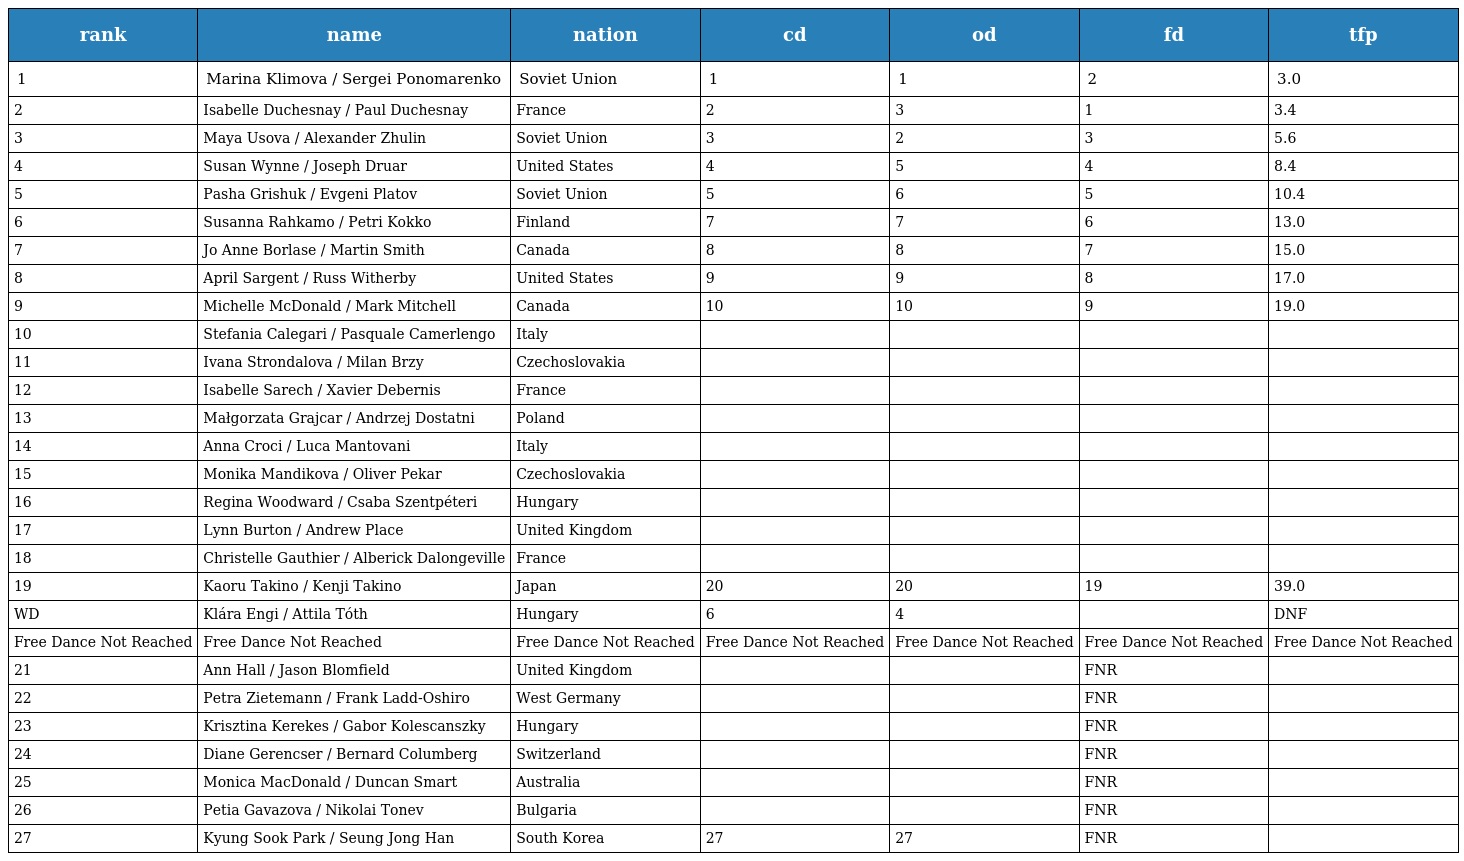
| rank | name | nation | cd | od | fd | tfp |
 | --- | --- | --- | --- | --- | --- | --- |
 | 1 | Marina Klimova / Sergei Ponomarenko | Soviet Union | 1 | 1 | 2 | 3.0 |
 | 2 | Isabelle Duchesnay / Paul Duchesnay | France | 2 | 3 | 1 | 3.4 |
 | 3 | Maya Usova / Alexander Zhulin | Soviet Union | 3 | 2 | 3 | 5.6 |
 | 4 | Susan Wynne / Joseph Druar | United States | 4 | 5 | 4 | 8.4 |
 | 5 | Pasha Grishuk / Evgeni Platov | Soviet Union | 5 | 6 | 5 | 10.4 |
 | 6 | Susanna Rahkamo / Petri Kokko | Finland | 7 | 7 | 6 | 13.0 |
 | 7 | Jo Anne Borlase / Martin Smith | Canada | 8 | 8 | 7 | 15.0 |
 | 8 | April Sargent / Russ Witherby | United States | 9 | 9 | 8 | 17.0 |
 | 9 | Michelle McDonald / Mark Mitchell | Canada | 10 | 10 | 9 | 19.0 |
 | 10 | Stefania Calegari / Pasquale Camerlengo | Italy |  |  |  |  |
 | 11 | Ivana Strondalova / Milan Brzy | Czechoslovakia |  |  |  |  |
 | 12 | Isabelle Sarech / Xavier Debernis | France |  |  |  |  |
 | 13 | Małgorzata Grajcar / Andrzej Dostatni | Poland |  |  |  |  |
 | 14 | Anna Croci / Luca Mantovani | Italy |  |  |  |  |
 | 15 | Monika Mandikova / Oliver Pekar | Czechoslovakia |  |  |  |  |
 | 16 | Regina Woodward / Csaba Szentpéteri | Hungary |  |  |  |  |
 | 17 | Lynn Burton / Andrew Place | United Kingdom |  |  |  |  |
 | 18 | Christelle Gauthier / Alberick Dalongeville | France |  |  |  |  |
 | 19 | Kaoru Takino / Kenji Takino | Japan | 20 | 20 | 19 | 39.0 |
 | WD | Klára Engi / Attila Tóth | Hungary | 6 | 4 |  | DNF |
 | Free Dance Not Reached | Free Dance Not Reached | Free Dance Not Reached | Free Dance Not Reached | Free Dance Not Reached | Free Dance Not Reached | Free Dance Not Reached |
 | 21 | Ann Hall / Jason Blomfield | United Kingdom |  |  | FNR |  |
 | 22 | Petra Zietemann / Frank Ladd-Oshiro | West Germany |  |  | FNR |  |
 | 23 | Krisztina Kerekes / Gabor Kolescanszky | Hungary |  |  | FNR |  |
 | 24 | Diane Gerencser / Bernard Columberg | Switzerland |  |  | FNR |  |
 | 25 | Monica MacDonald / Duncan Smart | Australia |  |  | FNR |  |
 | 26 | Petia Gavazova / Nikolai Tonev | Bulgaria |  |  | FNR |  |
 | 27 | Kyung Sook Park / Seung Jong Han | South Korea | 27 | 27 | FNR |  |